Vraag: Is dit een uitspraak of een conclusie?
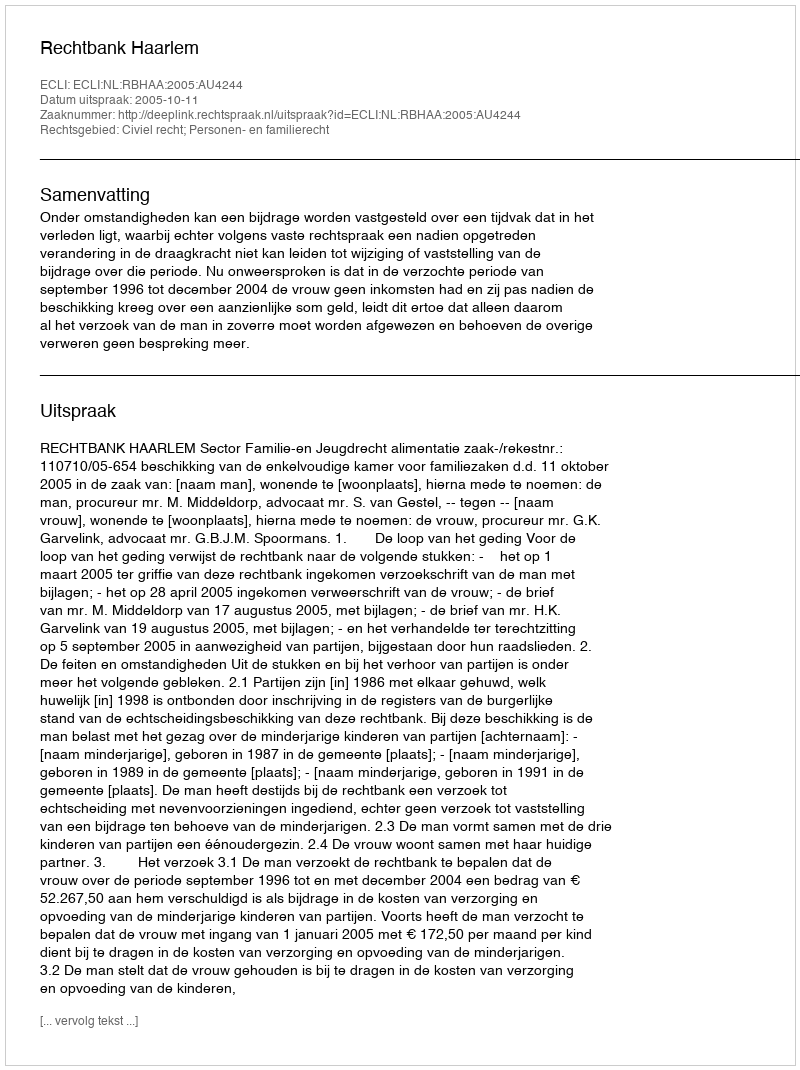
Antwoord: Uitspraak